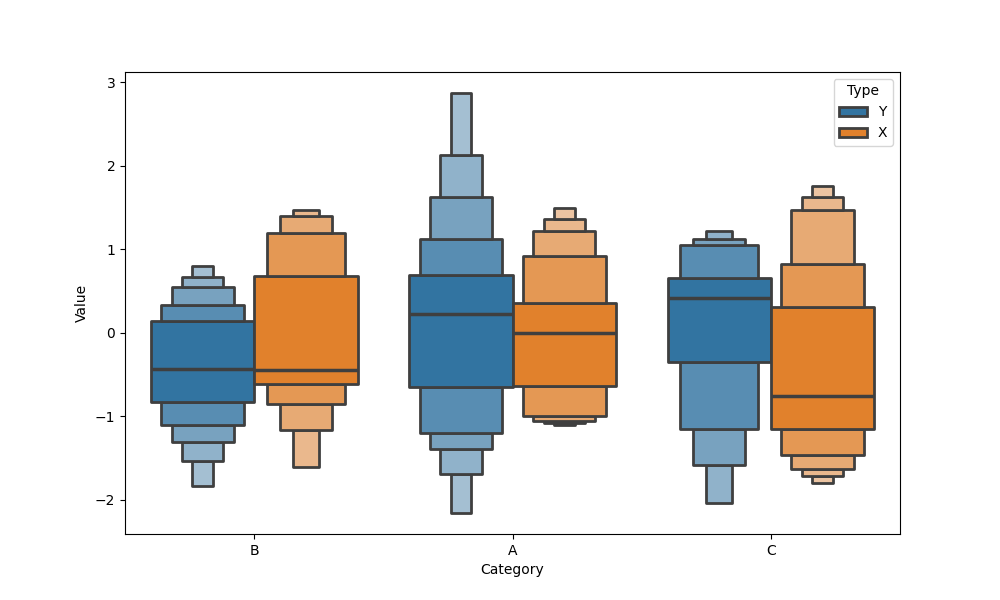
python, seaborn, boxenplot, k_depth='full', linewidth=2, scale='linear', outlier_prop=0.2, showfliers=False